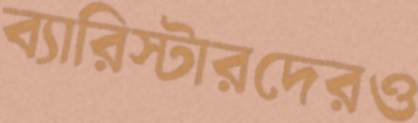
ব্যারিস্টারদেরও